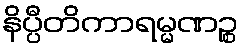
နိပ္ပီတိကာရမ္မဏဉ္စ